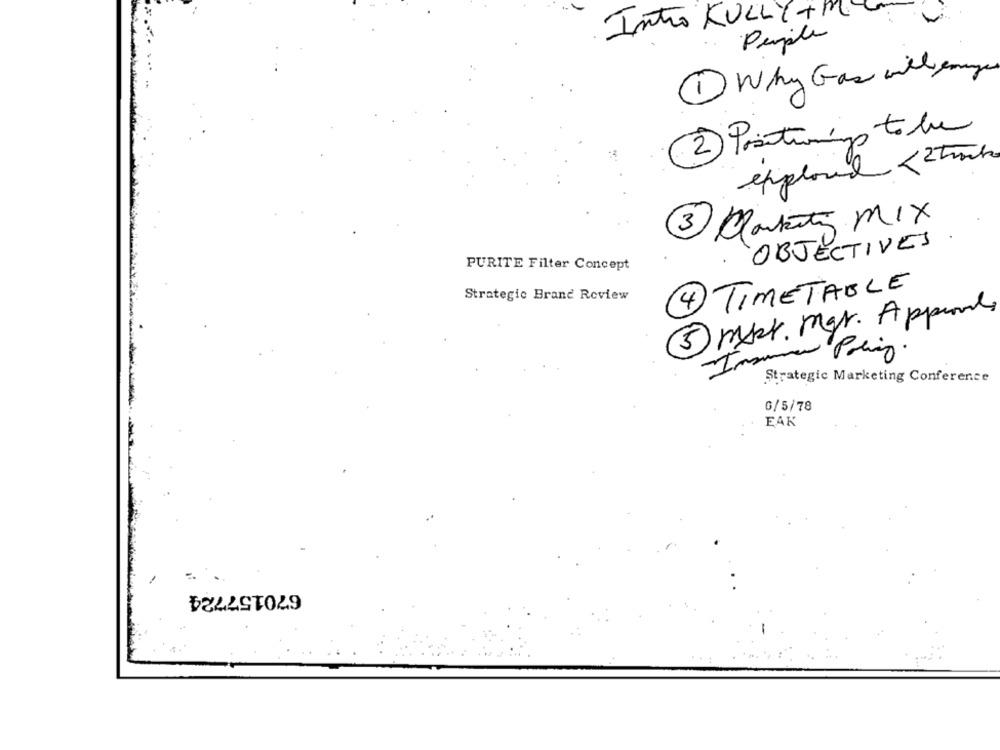
Intro KULLY +ME
People
1 Why Gas will emaye
2 Positioning to be
explore <2 tracks
3 Clarkeity MIX
OBJECTIVES
PURITE Filter Concept
.
4 TIMETABLE
Strategic Brand Review
5 msk. mgr. Apport
Insuma
Paling .
Strategic Marketing Conference
G/5/78
EAK
670157724